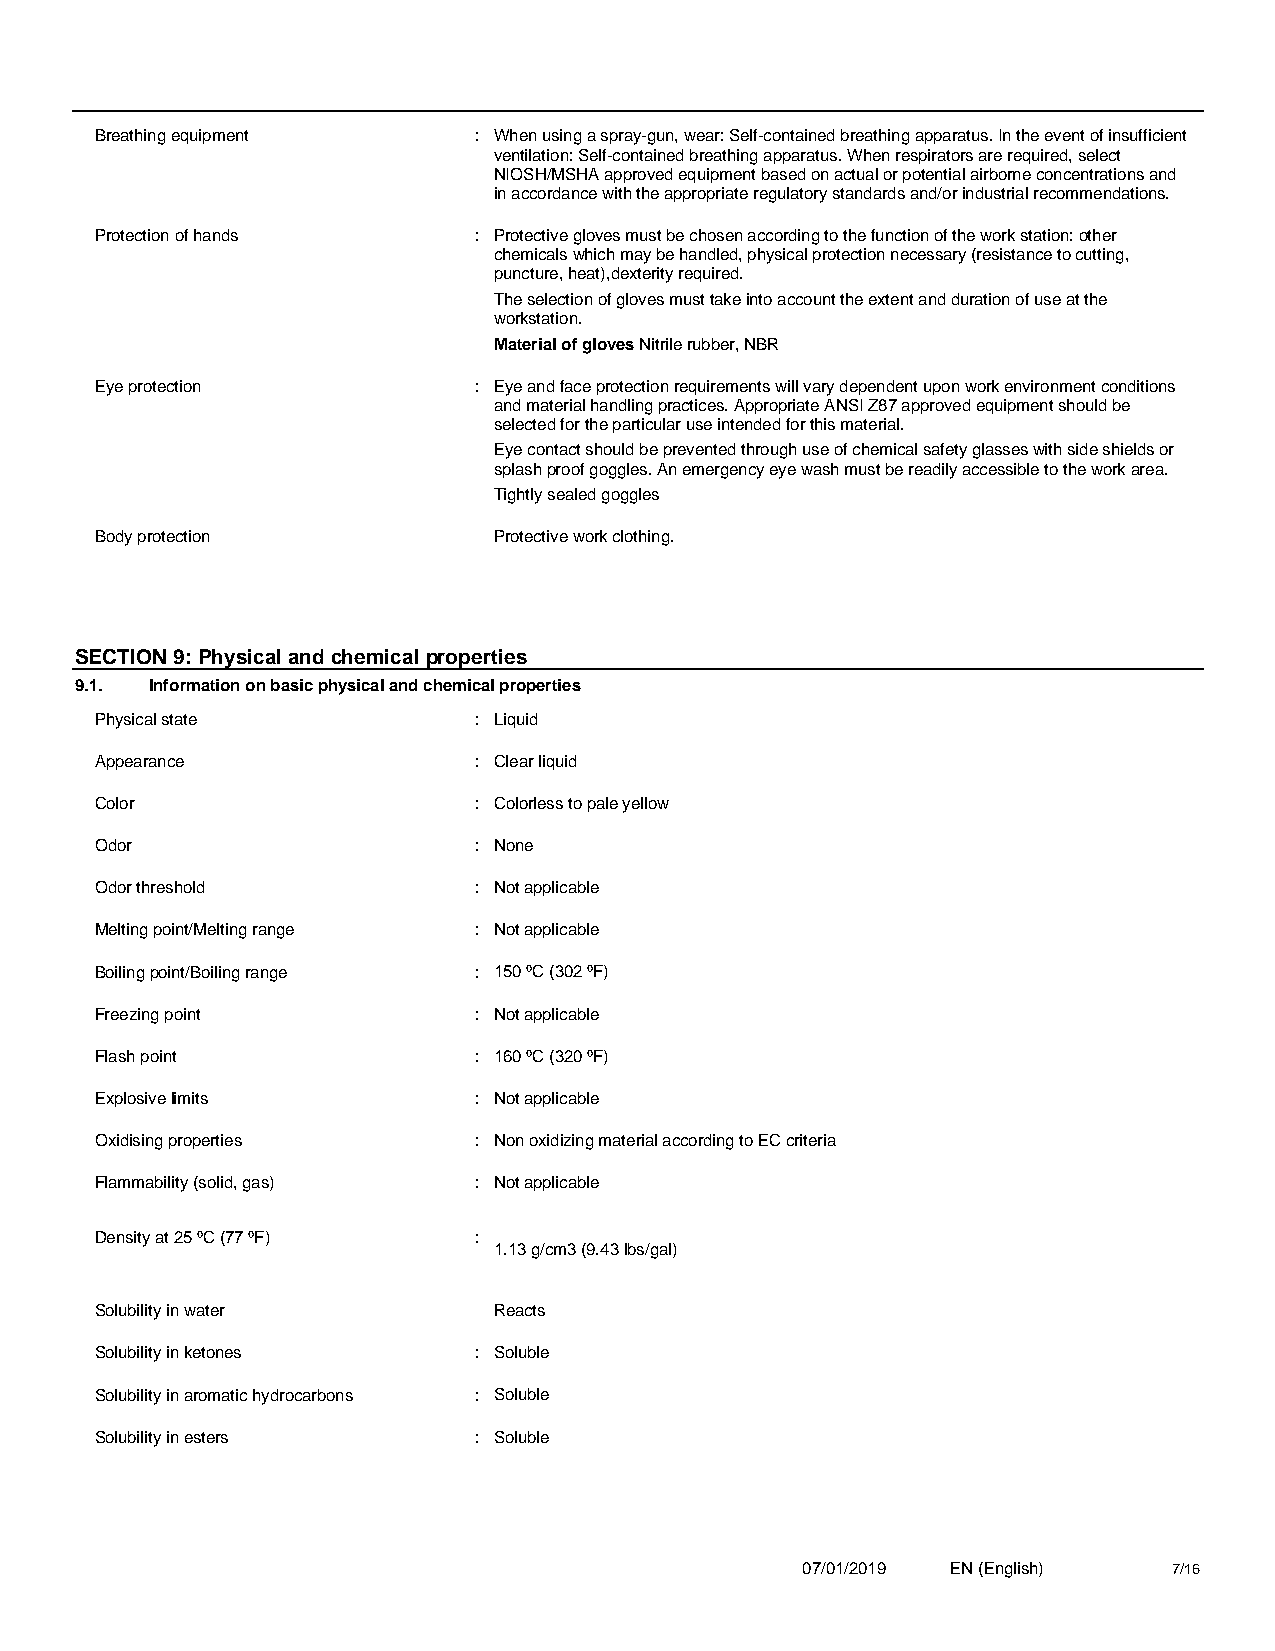
Breathing equipment      : When using a spray-gun, wear: Self-contained breathing apparatus. In the event of insufficient
 ventilation: Self-contained breathing apparatus. When respirators are required, select
 NIOSH/MSHA approved equipment based on actual or potential airborne concentrations and
 in accordance with the appropriate regulatory standards and/or industrial recommendations.
 Protection of hands      : Protective gloves must be chosen according to the function of the work station: other
 chemicals which may be handled, physical protection necessary (resistance to cutting,
 puncture, heat),dexterity required.
 The selection of gloves must take into account the extent and duration of use at the
 workstation.
 Material of gloves Nitrile rubber, NBR
 Eye protection           : Eye and face protection requirements will vary dependent upon work environment conditions
 and material handling practices. Appropriate ANSI Z87 approved equipment should be
 selected for the particular use intended for this material.
 Eye contact should be prevented through use of chemical safety glasses with side shields or
 splash proof goggles. An emergency eye wash must be readily accessible to the work area.
 Tightly sealed goggles
 Body protection            Protective work clothing.
 SECTION 9: Physical and chemical properties
 9.1. Information on basic physical and chemical properties
 Physical state           : Liquid
 Appearance               : Clear liquid
 Color                    : Colorless to pale yellow
 Odor                     : None
 Odor threshold           : Not applicable
 Melting point/Melting range : Not applicable
 Boiling point/Boiling range : 150 ºC (302 ºF)
 Freezing point           : Not applicable
 Flash point              : 160 ºC (320 ºF)
 Explosive limits         : Not applicable
 Oxidising properties     : Non oxidizing material according to EC criteria
 Flammability (solid, gas) : Not applicable
 Density at 25 ºC (77 ºF) :
 1.13 g/cm3 (9.43 lbs/gal)
 Solubility in water        Reacts
 Solubility in ketones    : Soluble
 Solubility in aromatic hydrocarbons : Soluble
 Solubility in esters     : Soluble
 07/01/2019 EN (English)  7/16